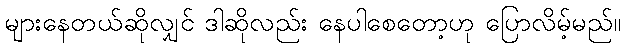
များနေတယ်ဆိုလျှင် ဒါဆိုလည်း နေပါစေတော့ဟု ပြောလိမ့်မည်။